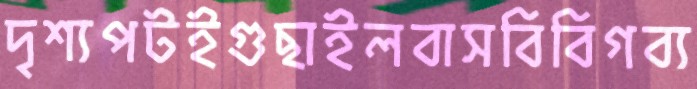
দৃশ্যপটইগুছাইলবাসবিবিগব্য